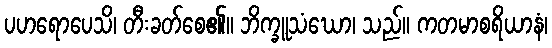
ပဟရောပေသိ၊ တီးခတ်စေ၏။ ဘိက္ခူသံဃော၊ သည်။ ကတမာစရိယာနံ၊